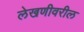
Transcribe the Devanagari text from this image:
लेखणीवरील